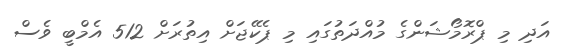
އަދި މި ޕްރޮމޯޝަންގެ މުއްދަތުގައި މި ޕެކޭޖަށް އިތުރަށް 512 އެމްބީ ވެސް